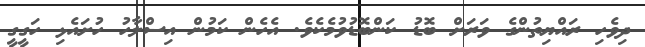
ދިވެހި ރައްޔިތުންގެ ވަރަށް ބޮޑު ކަންބޮޑުވުމެކެވެ. އެހެން ކަމުން އިސްލާހު ހުށައެޅި ހަގީގީ